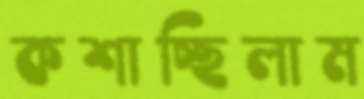
কশাচ্ছিলাম